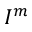
I ^ { m }